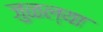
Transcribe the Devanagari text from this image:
जुळल्या